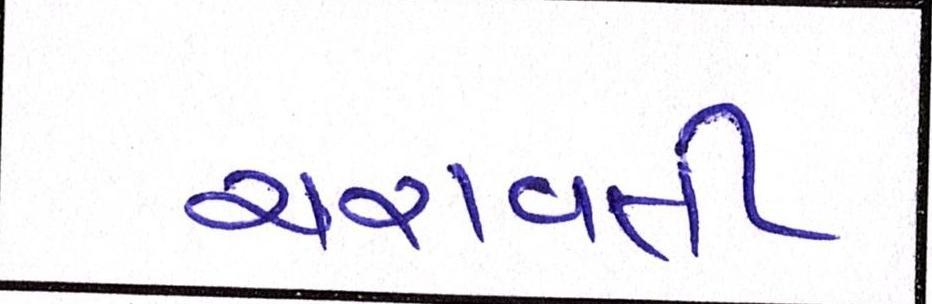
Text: ચરાવતી